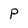
Character: P